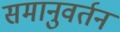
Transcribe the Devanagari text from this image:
समानुवर्तन